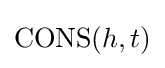
\operatorname {CONS} (h,t)